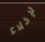
لإخلاء